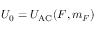
U _ { 0 } = U _ { \mathrm { { A C } } } ( F , m _ { F } )